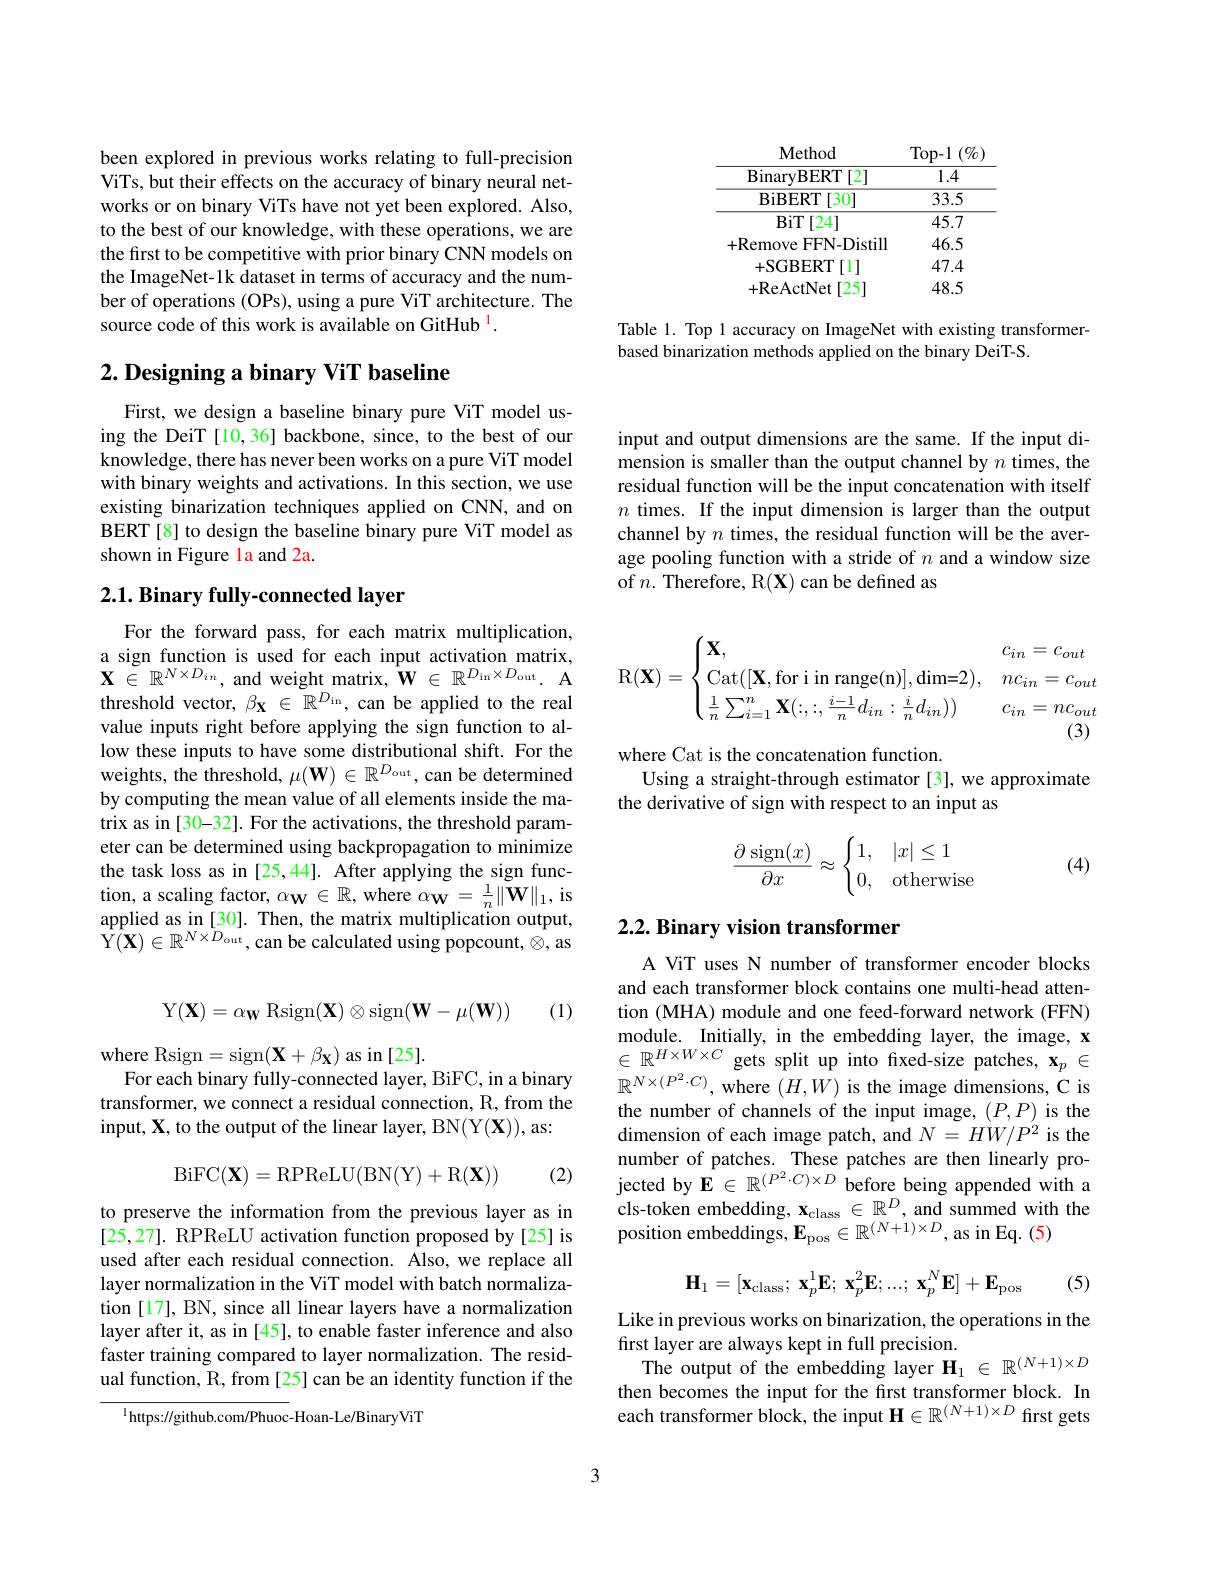
<table>
	<tbody>
		<tr>
			<th>Method</th>
			<th>Top- 1$\left ( \% \right )$</th>
		</tr>
		<tr>
			<td>$\operatorname{BinaryBERT}[2]$</td>
			<td>1.4</td>
		</tr>
		<tr>
			<td>$\operatorname{BiBERT}[30]$</td>
			<td>33.5</td>
		</tr>
		<tr>
			<td>BiT[24]</td>
			<td>45.7</td>
		</tr>
		<tr>
			<td>+Remove FFN-Distill</td>
			<td>46.5</td>
		</tr>
		<tr>
			<td>+SGBERT $\left[1\right]$ </td>
			<td>47.4</td>
		</tr>
		<tr>
			<td>+ReActNet [25]</td>
			<td>48.5</td>
		</tr>
	</tbody>
</table>

Table 1. Top 1 accuracy on ImageNet with existing transformer-
based binarization methods applied on the binary DeiT-S.

been explored in previous works relating to full-precision ViTs, but their effects on the accuracy of binary neural networks or on binary ViTs have not yet been explored. Also, to the best of our knowledge, with these operations, we are the first to be competitive with prior binary CNN models on the ImageNet-1k dataset in terms of accuracy and the number of operations (OPs), using a pure ViT architecture. The source code of this work is available on GitHub $^{\mathrm{l}}.$

## $2. \textbf{Designing a binary ViT baseline}$

First, we design a baseline binary pure ViT model using the DeiT [10,36] backbone, since, to the best of our knowledge, there has never been works on a pure ViT model with binary weights and activations. In this section, we use existing binarization techniques applied on CNN, and on BERT[8] to design the baseline binary pure ViT model as shown in Figure la and 2a.

## $2. 1. \textbf{Binary fully- connected layer}$

For the forward pass, for each matrix multiplication, a sign function is used for each input activation matrix, $\mathbf{X}\in\mathbb{R}^{N\times D_{in}}$, and weight matrix, $\hat{\mathbf{W}}\in\mathbb{R}^{D_{\mathrm{in}}\times D_{\mathrm{out}}}.$ A threshold vector, $\beta_{\mathbf{X}}\in\mathbb{R}^{D_{\mathrm{in}}}$, can be applied to the real value inputs right before applying the sign function to allow these inputs to have some distributional shift. For the weights, the threshold, $\mu ( \mathbf{W} ) \in \mathbb{R} ^{D_{\mathrm{out}}}$, can be determined by computing the mean value of all elements inside the matrix as in[30-32]. For the activations, the threshold parameter can be determined using backpropagation to minimize the task loss as in [25,44]. After applying the sign function, a scaling factor, $\alpha_\mathbf{W}\in\mathbb{R}$, where $\alpha_\mathbf{W}=\frac1n\|\mathbf{W}\|_1$, is applied as in [30]. Then, the matrix multiplication output, Y$( \mathbf{X} ) \in \mathbb{R} ^{N\times D_{\mathrm{out}}}$,can be calculated using popcount, $\otimes$,as

(1)
$$\mathrm{Y}(\mathbf{X})=\alpha_\mathbf{W}\mathrm{Rsign}(\mathbf{X})\otimes\mathrm{sign}(\mathbf{W}-\mu(\mathbf{W}))$$
where Rsign=sign$(\mathbf{X}+\beta_{\mathbf{X}})$as in[25].
For each binary fully-connected layer, BiFC, in a binary transformer, we connect a residual connection, R, from the input, $\mathbf{X}$, to the output of the linear layer, BN(Y(X)), as:
$$\mathrm{BiFC}(\mathbf{X})=\mathrm{RPReLU}(\mathrm{BN}(\mathbf{Y})+\mathrm{R}(\mathbf{X}))$$
(2)

to preserve the information from the previous layer as in [25,27]. RPReLU activation function proposed by[25] is used after each residual connection. Also, we replace all layer normalization in the ViT model with batch normalization [17], BN, since all linear layers have a normalization layer after it, as in [45], to enable faster inference and also faster training compared to layer normalization. The residual function, R, from [25] can be an identity function if the

$^{1}$https://github.com/Phuoc-Hoan-Le/BinaryViT

input and output dimensions are the same. If the input dimension is smaller than the output channel by $n$ times, the residual function will be the input concatenation with itself $n$ times. If the input dimension is larger than the output channel by $n$ times, the residual function will be the average pooling function with a stride of $n$ and a window size of $n.$ Therefore, R$(\mathbf{X})$ can be defined as
$$\mathrm{R}(\mathbf{X})=\begin{cases}\mathbf{X},&c_{in}=c_{out}\\\mathrm{Cat}([\mathbf{X},\text{for i in range(n)}],\text{dim=2}),&nc_{in}=c_{out}\\\frac{1}{n}\sum_{i=1}^{n}\mathbf{X}(:,:,\frac{i-1}{n}d_{in}:\frac{i}{n}d_{in}))&c_{in}=nc_{out}\\\end{cases}$$
where Cat is the concatenation function.
Using a straight-through estimator [3], we approximate
the derivative of sign with respect to an input as
$$\frac{\partial\operatorname{sign}(x)}{\partial x}\approx\begin{cases}1,&|x|\le1\\0,&\text{otherwis}\end{cases}$$
(4)

## 2.2. Binary vision transformer

A ViT uses N number of transformer encoder blocks and each transformer block contains one multi-head attention (MHA) module and one feed-forward network (FFN) module. Initially, in the embedding layer, the image, x $\in\mathbb{R}^{H\times W\times C}$gets split up into fixed-size patches, $\mathbf{x}_p\in$ $\mathbb{R}^{N\times(P^{2}\cdot C)}$, where $(H,W)$ is the image dimensions, C is the number of channels of the input image, $(P,P)$ is the dimension of each image patch, and $N=HW/P^2$ is the number of patches. These patches are then linearly projected by $\mathbf{E}\in\mathbb{R}^{(P^{2}\cdot C)\times D}$ before being appended with a cls-token embedding, $\mathbf{x}_{\mathrm{class}}\in\mathbb{R}^D$, and summed with the position embeddings, $\mathbf{E}_{\mathrm{pos}}\in\mathbb{R}^{(N+1)\times D}$, as in Eq. (5)
$$\mathbf H_1=[\mathbf x_{\mathrm{class}};\:\mathbf x_p^1\mathbf E;\:\mathbf x_p^2\mathbf E;...;\:\mathbf x_p^N\mathbf E]+\mathbf E_{\mathrm{pos}}$$
(5)

Like in previous works on binarization, the operations in the
first layer are always kept in full precision.
The output of the embedding layer $\mathbf{H}_1\in\mathbb{R}^{(N+1)\times D}$ then becomes the input for the first transformer block. In each transformer block, the input H$\in\mathbb{R}^{(N+1)\times D}$ first gets

3